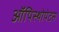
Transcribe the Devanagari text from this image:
ऑपिस्थोपेटस